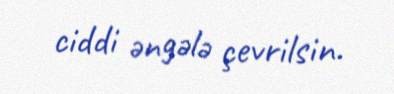
ciddi əngələ çevrilsin.